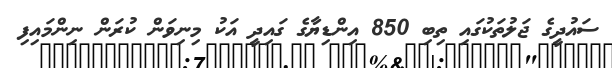
ސައުދީގެ ޖަލުތަކުގައި ތިބި 850 އިންޑިޔާގެ ގައިދީ އަކު މިނިވަން ކުރަން ނިންމައިފި